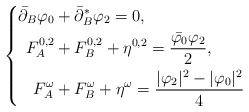
\begin{align*}\left\{\begin{aligned}\bar\partial_B\varphi_0 &+\bar\partial_{B}^{*}\varphi_2=0,\\F_{A_{}}^{0,2} &+F_{B}^{0,2}+\eta^{0,2}=\frac{\bar{\varphi_0}\varphi_2}2,\\F_{A_{}}^{\omega} &+F_{B}^{\omega}+\eta^{\omega}=\frac{|\varphi_2|^2-|\varphi_0|^2}{4}\end{aligned}\right.\end{align*}